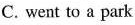
C. went to a park